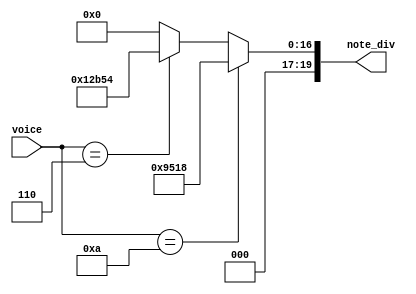
`timescale 1ns / 1ps
//////////////////////////////////////////////////////////////////////////////////
// Company: 
// Engineer: 
// 
// Design Name: 
// Module Name:    note_sel_1 
// Project Name: 
// Target Devices: 
// Tool versions: 
// Description: 
//
// Dependencies: 
//
// Revision: 
// Revision 0.01 - File Created
// Additional Comments: 
//
//////////////////////////////////////////////////////////////////////////////////
module note_sel_1(note_div,voice
    );
input [3:0]voice;

output reg[19:0]note_div;	 
	 
always@*
	begin
		if(voice==4'hA)
		begin
		note_div=20'd38168;//4000w / (524*2)
		end

	
		else if(voice==4'd6)
		begin
		note_div=20'd76628;//4000w / (261*2)
		end
	
		else 
		begin
		note_div=20'd0;//on
		end
end
	
	
	
endmodule